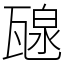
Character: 𤭯